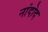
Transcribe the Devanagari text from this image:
नांदोद